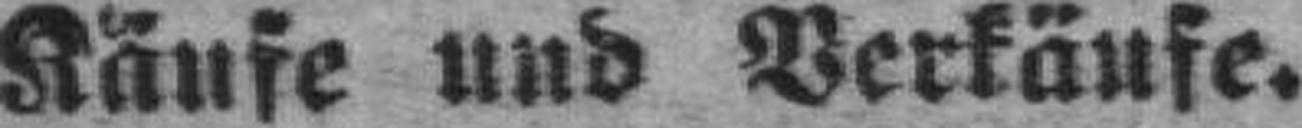
Käufe und Verkäufe.